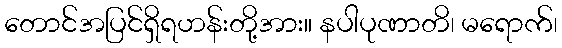
တောင်အပြင်ရှိရဟန်းတို့အား။ နပါပုဏာတိ၊ မရောက်၊